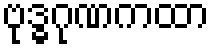
ဗုဒ္ဓဂုဏကထာ